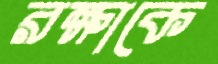
রক্ষাকে